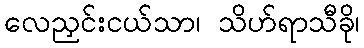
လေညှင်းငယ်သာ၊ သိဟ်ရာသီခို၊